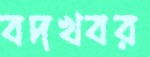
বদখবর